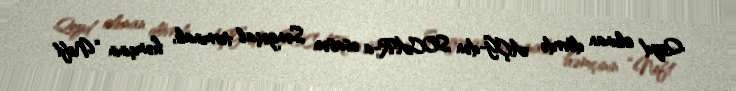
Qeyd olunan dövrdə AÇG-dən SOCAR-a əsasən Səngəçal terminalı, həmçinin “Neft